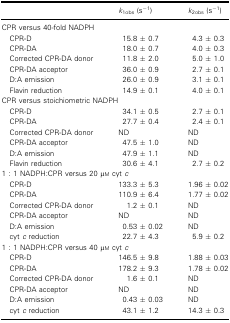
<table><thead><tr><td></td><td><b><i>k</i><sub>1obs</sub> (s<sup>−1</sup>)</b></td><td><b><i>k</i><sub>2obs</sub> (s<sup>−1</sup>)</b></td></tr></thead><tbody><tr><td colspan="3">CPR versus 40‐fold NADPH</td></tr><tr><td>CPR‐D</td><td>15.8 ± 0.7</td><td>4.3 ± 0.3</td></tr><tr><td>CPR‐DA</td><td>18.0 ± 0.7</td><td>4.0 ± 0.3</td></tr><tr><td>Corrected CPR‐DA donor</td><td>11.8 ± 2.0</td><td>5.0 ± 1.0</td></tr><tr><td>CPR‐DA acceptor</td><td>36.0 ± 0.9</td><td>2.7 ± 0.1</td></tr><tr><td>D:A emission</td><td>26.0 ± 0.9</td><td>3.1 ± 0.1</td></tr><tr><td>Flavin reduction</td><td>14.9 ± 0.1</td><td>4.0 ± 0.1</td></tr><tr><td colspan="3">CPR versus stoichiometric NADPH</td></tr><tr><td>CPR‐D</td><td>34.1 ± 0.5</td><td>2.7 ± 0.1</td></tr><tr><td>CPR‐DA</td><td>27.7 ± 0.4</td><td>2.4 ± 0.1</td></tr><tr><td>Corrected CPR‐DA donor</td><td>ND</td><td>ND</td></tr><tr><td>CPR‐DA acceptor</td><td>47.5 ± 1.0</td><td>ND</td></tr><tr><td>D:A emission</td><td>47.9 ± 1.1</td><td>ND</td></tr><tr><td>Flavin reduction</td><td>30.6 ± 4.1</td><td>2.7 ± 0.2</td></tr><tr><td colspan="3">1 : 1 NADPH:CPR versus 20 μm cyt <i>c</i></td></tr><tr><td>CPR‐D</td><td>133.3 ± 5.3</td><td>1.96 ± 0.02</td></tr><tr><td>CPR‐DA</td><td>110.9 ± 6.4</td><td>1.77 ± 0.02</td></tr><tr><td>Corrected CPR‐DA donor</td><td>1.2 ± 0.1</td><td>ND</td></tr><tr><td>CPR‐DA acceptor</td><td>ND</td><td>ND</td></tr><tr><td>D:A emission</td><td>0.53 ± 0.02</td><td>ND</td></tr><tr><td>cyt <i>c</i> reduction</td><td>22.7 ± 4.3</td><td>5.9 ± 0.2</td></tr><tr><td colspan="3">1 : 1 NADPH:CPR versus 40 μm cyt <i>c</i></td></tr><tr><td>CPR‐D</td><td>146.5 ± 9.8</td><td>1.88 ± 0.03</td></tr><tr><td>CPR‐DA</td><td>178.2 ± 9.3</td><td>1.78 ± 0.02</td></tr><tr><td>Corrected CPR‐DA donor</td><td>1.6 ± 0.1</td><td>ND</td></tr><tr><td>CPR‐DA acceptor</td><td>ND</td><td>ND</td></tr><tr><td>D:A emission</td><td>0.43 ± 0.03</td><td>ND</td></tr><tr><td>cyt <i>c</i> reduction</td><td>43.1 ± 1.2</td><td>14.3 ± 0.3</td></tr></tbody></table>